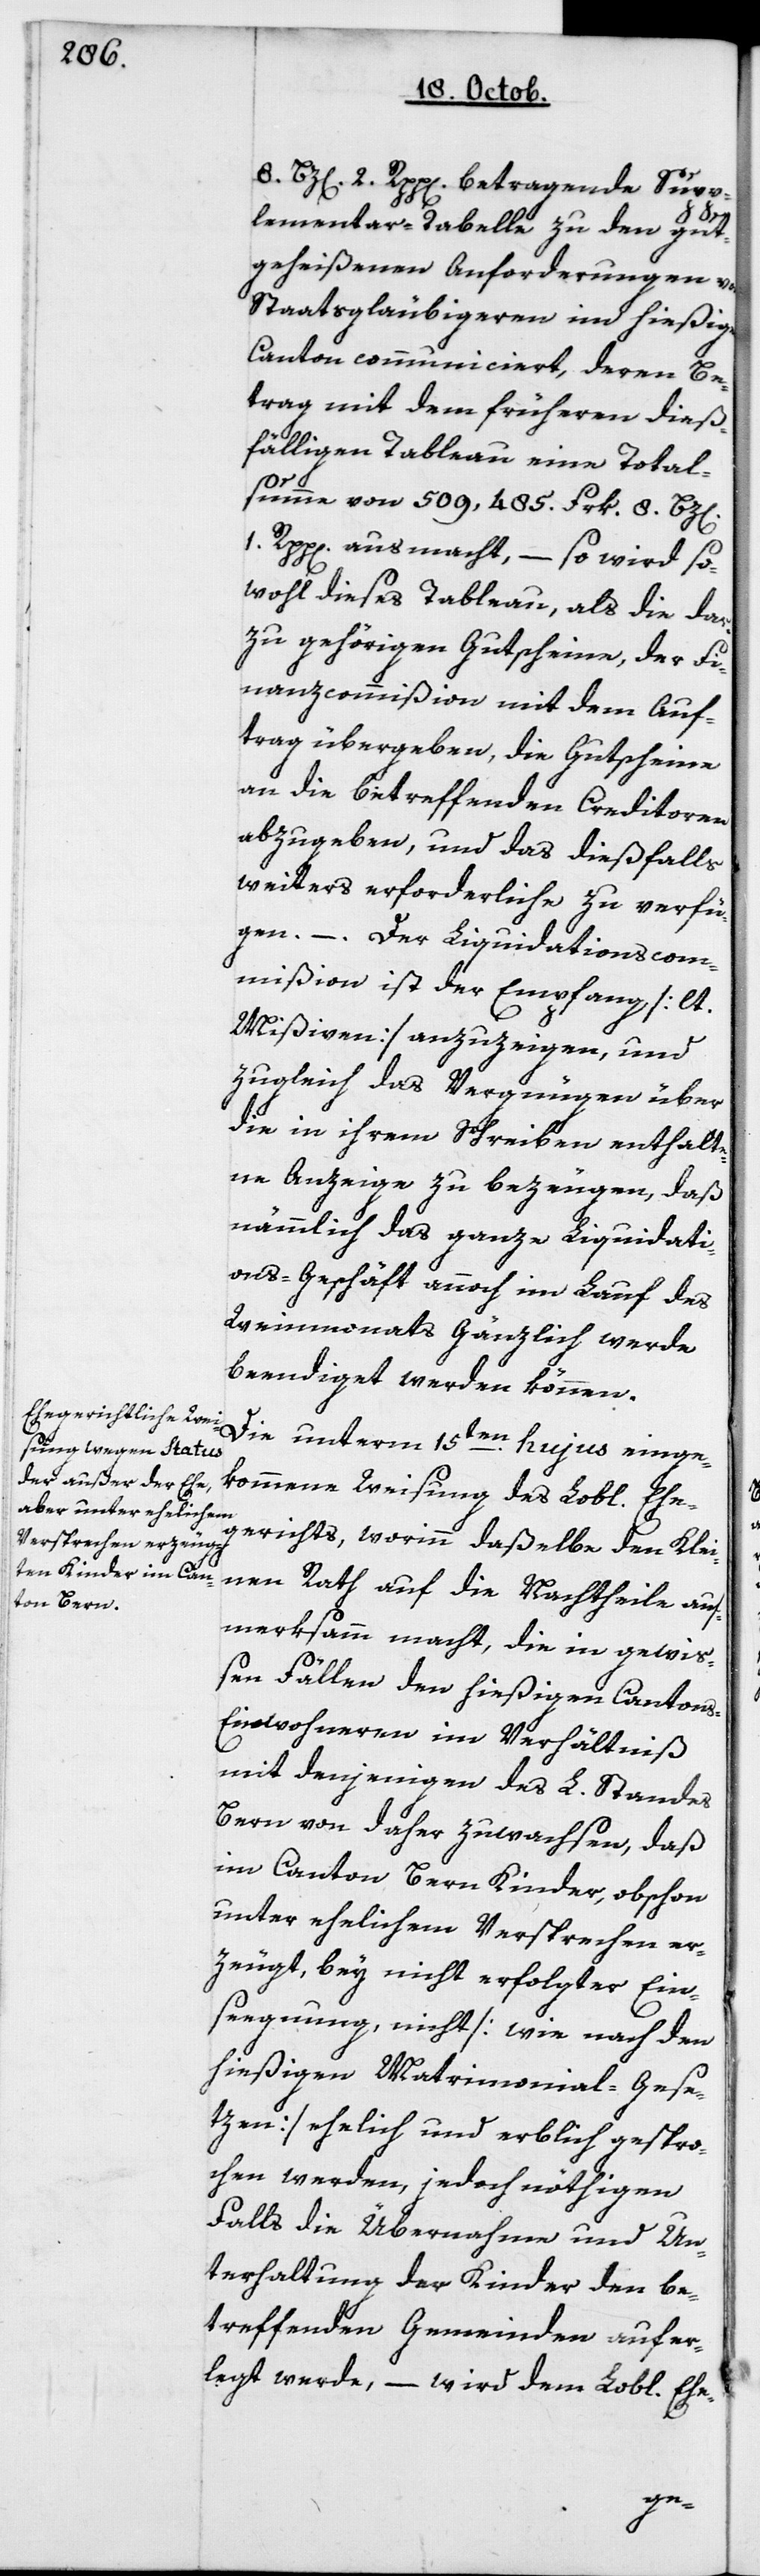
2 Rpp[en] betragende Supp¬
lementar-Tabelle zu den gut¬
geheißenen Anforderungen von
Staatsgläubigeren im hießigen
Canton communiciert, deren Be¬
trag mit dem früheren dieß¬
fälligen Tableau eine Total¬
1 Rpp[en] ausmacht, – so wird so¬
wohl dieses Tableau als die dar¬
zu gehörigen Gutscheine, der Fi¬
nanzcommißion mit dem Auf¬
trag übergeben, die Gutscheine
an die betreffenden Creditoren
abzugeben, und das dießfalls
weiters Erforderliche zu verfü¬
gen. – Der Liquidationscom¬
mißion ist der Empfang [lt.
Mißiven] anzuzeigen, und
zugleich das Vergnügen über
die in ihrem Schreiben enthalte¬
ne Anzeige zu bezeugen, daß
nämmlich das ganze Liquidati¬
ons-Geschäft annoch im Lauf des
Weinmonats gänzlich werde
beendiget werden können.
Die unterm 15ten hujus einge¬
kommene Weisung des Lobl. Ehe¬
gerichts, worinn daßelbe den Klei¬
nen Rath auf die Nachtheile auf¬
merksam macht, die in gewiß¬
en Fällen den hießigen Canton¬
s-Einwohneren im Verhältnis
mit denjenigen des L. Standes
Bern von daher zuwachsen, daß
im Canton Bern Kinder, obschon
unter ehelichem Versprechen er¬
zeugt, bey nicht erfolgter Ein¬
segnung, nicht [wie nach den
hießigen Matrimonial-Gese¬
tzen] ehelich und erblich gespro¬
chen werden, jedoch nöthigen
Falls die Übernahme und Un¬
terhaltung der Kinder den be¬
treffenden Gemeinden aufer¬
legt werde, – wird dem Lobl. Ehe-
summe